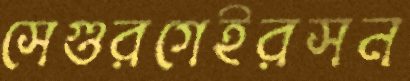
সেগুরগেইরসন